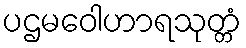
ပဌမဝေါဟာရသုတ္တံ